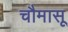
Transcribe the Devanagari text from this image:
चौमासू